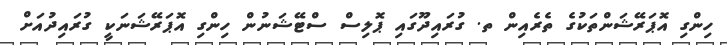
ހިންގި އޮޕަރޭޝަންތަކުގެ ތެރެއިން ތ. ގުރައިދޫގައި ޕޮލިސް ސްޓޭޝަނުން ހިންގި އޮޕަރޭޝަނަކީ ގުރައިދުއަށް